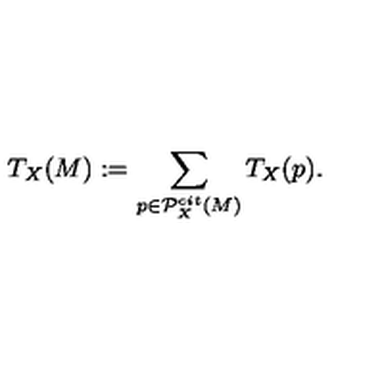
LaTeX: T _ { X } ( M ) : = \sum _ { p \in { \cal P } _ { X } ^ { c i t } ( M ) } T _ { X } ( p ) .